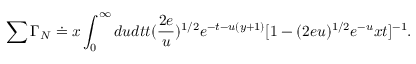
\sum \Gamma _ { N } \doteq x \int _ { 0 } ^ { \infty } d u d t t ( \frac { 2 e } { u } ) ^ { 1 / 2 } e ^ { - t - u ( y + 1 ) } [ 1 - ( 2 e u ) ^ { 1 / 2 } e ^ { - u } x t ] ^ { - 1 } .